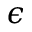
\epsilon